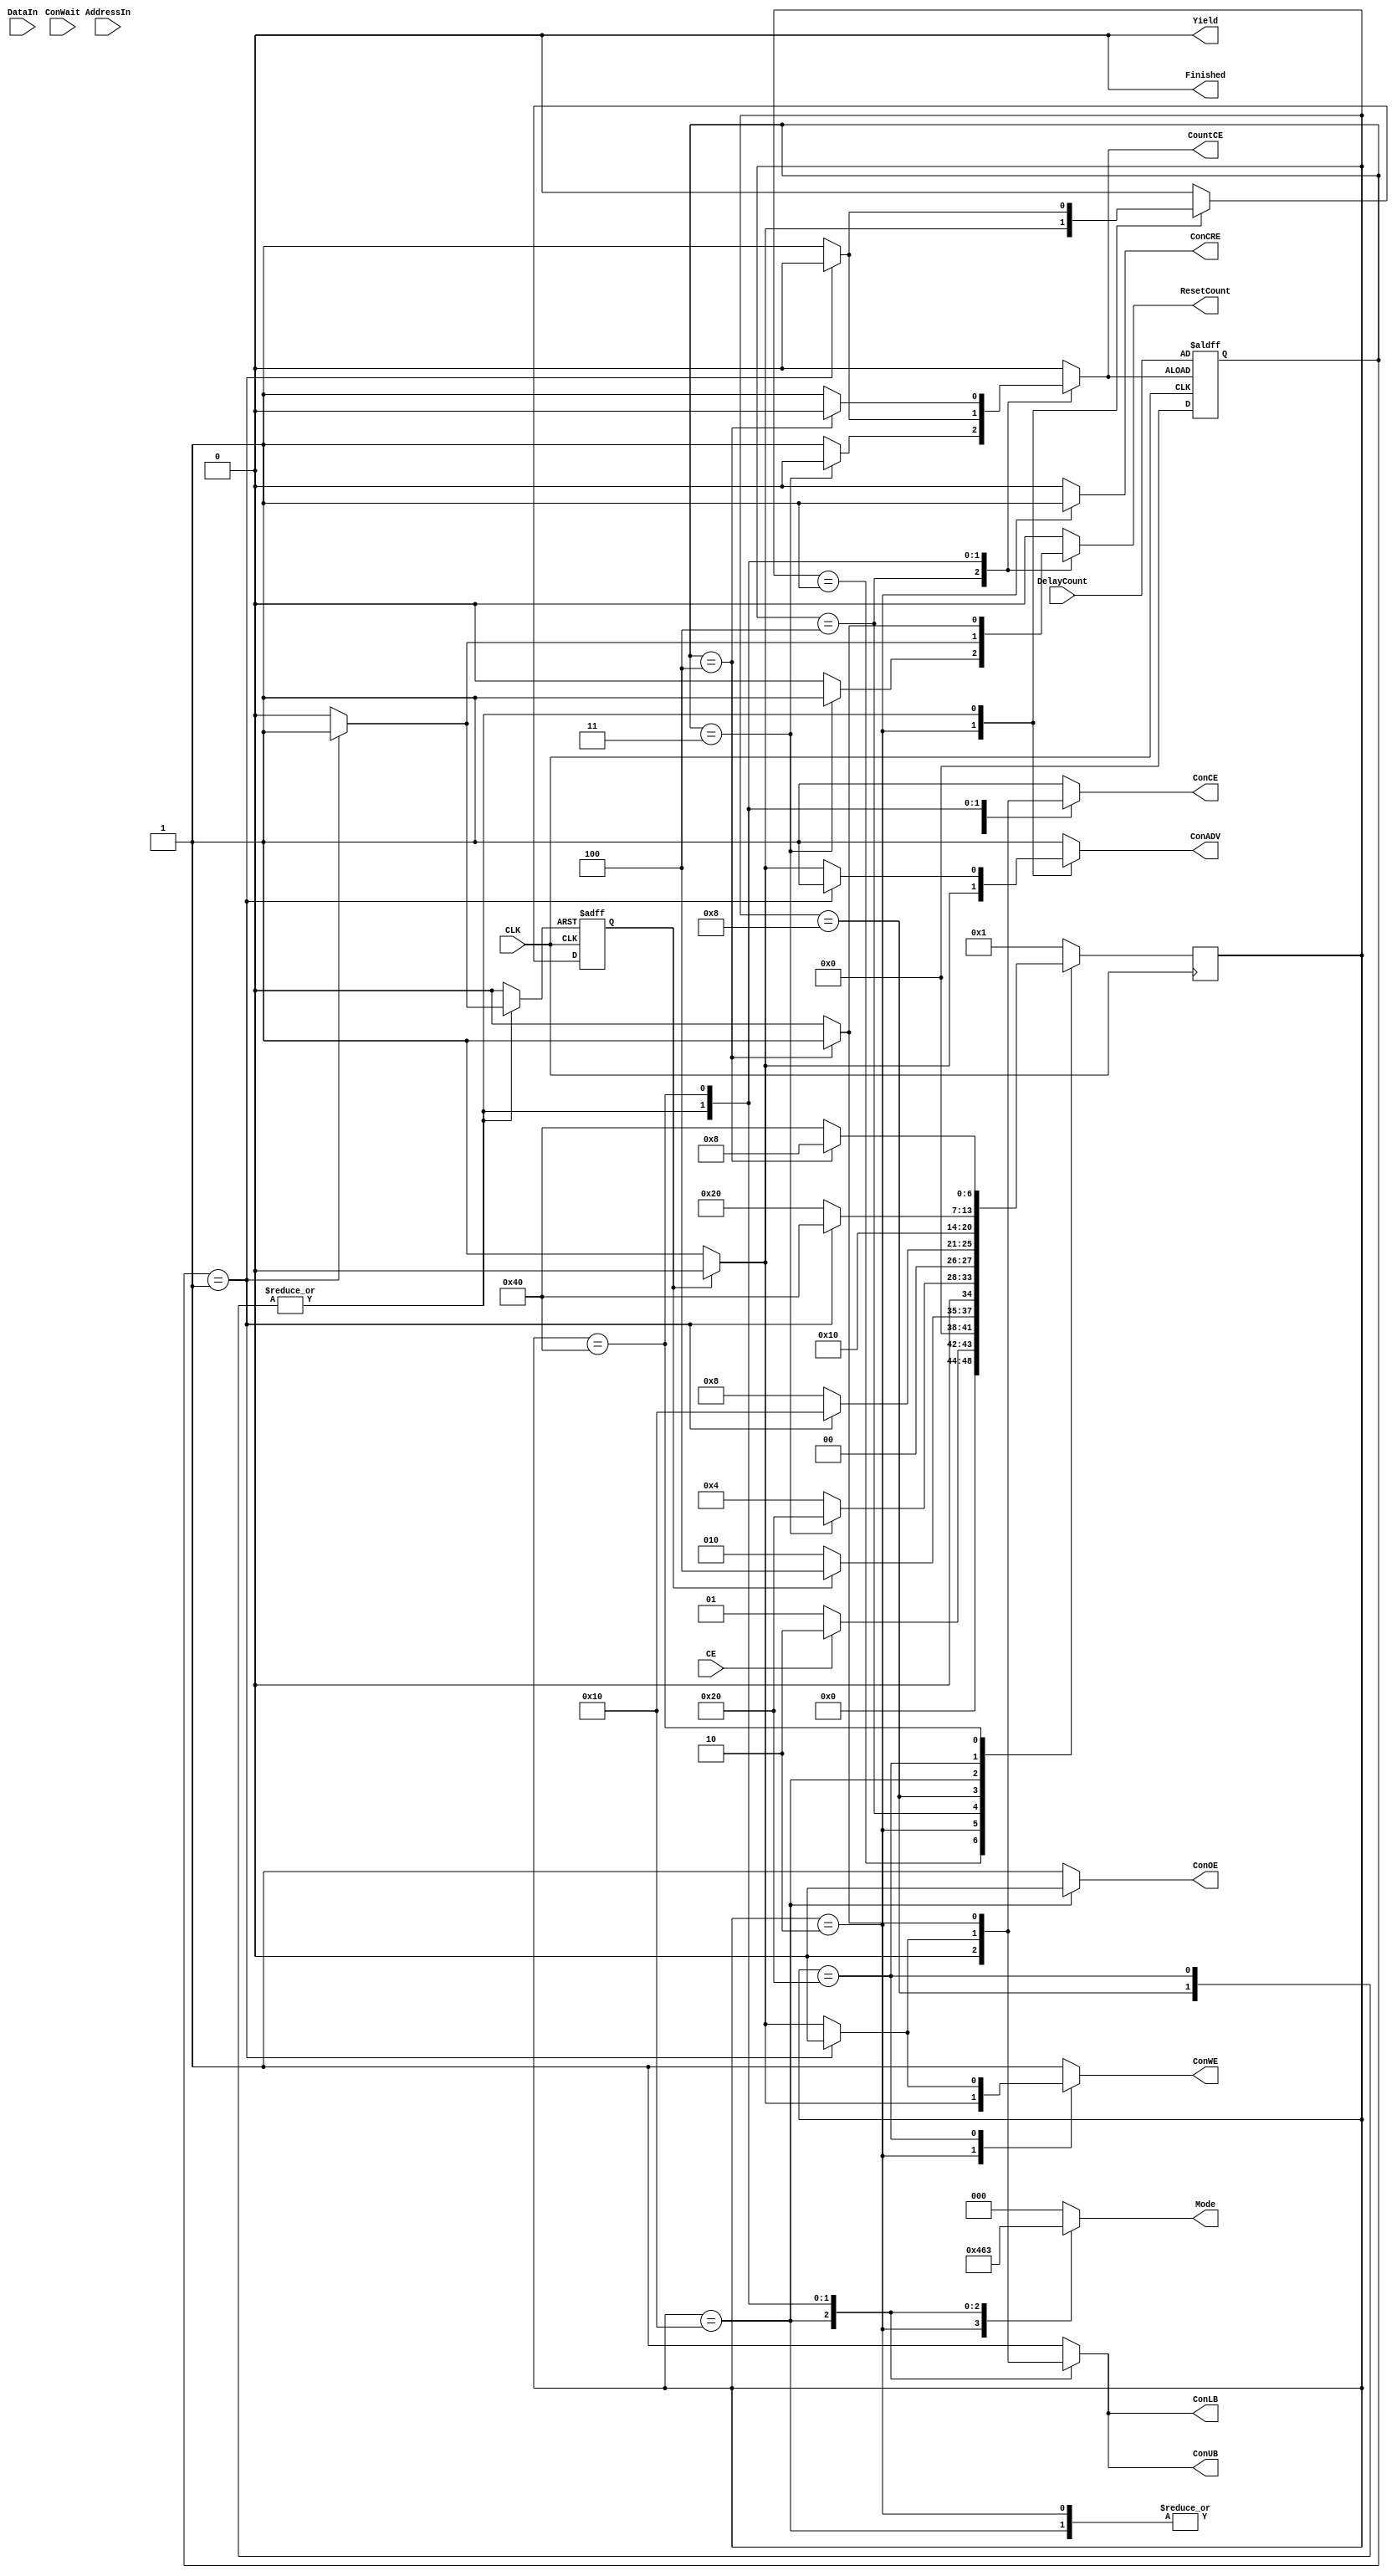
`timescale 1ns / 1ps
//////////////////////////////////////////////////////////////////////////////////
// Company: SJSU
// 
// Design Name: 
// Module Name:    BurstMode 
// Project Name: 
// Target Devices: 
// Tool versions: 
// Description: 
// Burst mode for the Micron Celluar RAM found on the NEXYS 3 dev board.
//
// Dependencies: 
//
// Revision: 
// Revision 0.01 - File Created
// Additional Comments: 
//
//////////////////////////////////////////////////////////////////////////////////
module BurstModeCU(
	input [15:0] DataIn,
	input [19:0] AddressIn,
	input [3:0] DelayCount,
	input CE,
	input CLK,
	input ConWait,
	output reg ResetCount,
	output reg CountCE,
	output reg [2:0] Mode,
	output reg Yield,
	output reg Finished,
	output reg ConCRE,
	output reg ConCE,  // Active low
	output reg ConWE,  // Active low
	output reg ConOE,  // Active low
	output reg ConADV, // Active low
	output reg ConLB,  // Active low
	output reg ConUB   // Active Low
    );


// One Hot Mealy State Definitions\\\\
parameter Idle     		 = 8'b00000001;
parameter Configure 	 = 8'b00000010;
parameter Wait     		 = 8'b00000100;
parameter ReadStart      = 8'b00001000;
parameter ReadContinue   = 8'b00010000;
parameter WriteStart     = 8'b00100000;
parameter WriteContinue  = 8'b01000000;
parameter Done      	 = 8'b10000000;

//Data Path Mode Definitions\\\\
parameter DPIdle    = 3'b000;
parameter DPRead    = 3'b001;
parameter DPCon     = 3'b010;
parameter DPWrite   = 3'b011;
parameter DPAddress = 3'b100;

//State Registers\\\\
reg [7:0] NextState    = 6'b000001;
reg [7:0] CurrentState = 6'b000001;

//Internal Registers\\\\
reg [3:0] Counter;
reg Delay;

reg ClearDelay;
reg DelaySig;

always@(CurrentState,Counter,CE, Delay)
	begin

	//Default Values to prevent latching \\\\ 
	Yield   = 0;
	Finished = 0;
	ConCE   = 1;
	ConWE   = 1;
	ConOE   = 1;
	ConADV  = 1;
	ConLB   = 1;
	ConUB   = 1;
	ConCRE  = 0;	
	Mode    = DPIdle;
	NextState = Idle;
	ResetCount = 0;
	CountCE = 0;
	DelaySig = 0;
	ClearDelay = 0;

		case(CurrentState)
			Idle:
				begin
					if(CE)
						begin

							NextState = Configure;
						end
					else 
						begin
							ConADV = 1'b1;
							ConCRE = 1'b0;
							ConCE  = 1'b1;
							ConOE  = 1'b1;
							ConWE  = 1'b1;
							NextState = Idle;
						end
				end

			Configure:
				begin
				 if(Delay)
							begin
								Mode    = DPCon;
								ConCRE  = 1;
								ConADV  = 0;
								ConCE   = 0;
								ConWE   = 0;
								DelaySig = 0;
								ClearDelay = 0;
								NextState = Wait;
							end
				else
					begin
						Mode  = DPCon;
								ConCRE  = 1;
								ConADV  = 1;
								ConCE   = 0;
								ConWE   = 1;
								DelaySig = 1;
								ClearDelay = 0;
								NextState = Configure;
					end
						
				end

			Wait:
				begin
					if(Counter == 3)
						begin
							ResetCount = 1;
							CountCE    = 0;
							NextState  = WriteStart;
						end
					else
						begin
							ResetCount = 0;
							CountCE    = 1;
							NextState  = Wait;
						end
				end

			ReadStart:
				begin
					if(Counter == 1)
						begin
							Mode = DPAddress;
							ConADV = 1;
							ConCE  = 0;
							ConWE  = 1;
							ConUB  = 0;
							ConLB  = 0;
							ResetCount = 1;
							CountCE    = 0;
							DelaySig = 0;
							ClearDelay =1;
							NextState = ReadContinue;
						end
					else if (Delay)
						begin
							Mode = DPAddress;
							ConADV = 0;
							ConCE  = 0;
							ConWE  = 1;
							ConUB  = 0;
							ConLB  = 0;
							CountCE = 1;
							ResetCount = 0;
							DelaySig = 1;
							ClearDelay =0;
							NextState = ReadStart;
						end
					else	
						begin
							Mode = DPAddress;
							ConADV = 1;
							ConCE  = 1;
							ConWE  = 1;
							ConUB  = 1;
							ConLB  = 1;
							CountCE = 1;
							ResetCount = 0;
							DelaySig = 1;
							ClearDelay =0;
							NextState = ReadStart;
						end
				
				end

			ReadContinue:
				begin
						begin
							Mode  = DPRead;
							ConCE = 0;
							ConLB = 0;
							ConUB = 0;
							ConOE = 0;
							NextState = ReadContinue;
						end
					
				end

			WriteStart:
				begin
					if(Counter == 1)
						begin
							Mode = DPAddress;
							ConADV = 1;
							ConCE  = 0;
							ConWE  = 0;
							ConUB  = 0;
							ConLB  = 0;
							ResetCount = 1;
							CountCE    = 0;
							ClearDelay = 1;
							DelaySig   = 0;
							NextState = WriteContinue;
						end
					else if(Delay)
						begin
							Mode = DPAddress;
							ConADV = 0;
							ConCE  = 0;
							ConWE  = 0;
							ConUB  = 0;
							ConLB  = 0;
							CountCE = 1;
							ResetCount = 0;
							ClearDelay = 0;
							DelaySig   = 1;
							NextState = WriteStart;
						end
					else	
						begin
							Mode = DPAddress;
							DelaySig = 1;
							ConADV = 1;
							ConCE  = 1;
							ConWE  = 1;
							ConUB  = 1;
							ConLB  = 1;
							CountCE = 1;
							ResetCount = 0;
							NextState = WriteStart;
						end
				end

			WriteContinue:
				begin
					if(Counter == 4)
						begin
							Mode   = DPWrite;
							ConCE  = 1;
							ConUB  = 1;
							ConLB  = 1;
							CountCE = 0;
							ResetCount = 1;
							NextState = ReadStart;
						end
					else begin
							Mode   = DPWrite;
							ConCE  = 0;
							ConUB  = 0;
							ConLB  = 0;
							CountCE = 1;
							ResetCount = 0;
							NextState = WriteContinue;
						end
				end

			Done:
				begin
				
				end

			default:
				begin
				
				end
			
		endcase

	end

//State transition block\\\\
always @(posedge CLK)
	begin	
		CurrentState = NextState;
	end

//Counter Flipfop
always @(negedge CLK or posedge CountCE)
	begin
		if(CountCE)
			begin
				Counter = DelayCount;
			end
		else 
			begin
				Counter = 1'h0;
			end
	end
//Delay siganl\\\\
always @(negedge CLK or posedge ClearDelay)
	begin
		if(ClearDelay)
			begin
				Delay <= 0;
			end
		else 
			begin
			Delay <= DelaySig;
			end
	end

endmodule

module BurstCounter(
	input CountCE,
	input ResetCount,
	input clk,
	output [3:0] CountOut
	);

reg [3:0] Count = 1'h0;

always @(posedge clk or posedge ResetCount)
	begin
		if(CountCE)
			begin
				Count <= Count + 1;	
			end
		else if(ResetCount)
			begin
				Count <= 0;
			end
		else 
			begin
				Count <= Count;
			end
	end

assign CountOut = CountCE ? Count : 4'b0;
	

endmodule